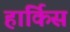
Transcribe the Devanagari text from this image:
हार्किस